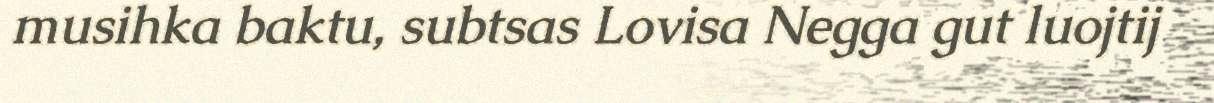
musihka baktu, subtsas Lovisa Negga gut luojtij